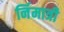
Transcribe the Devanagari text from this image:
र्निमात्री